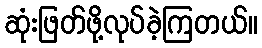
ဆုံးဖြတ်ဖို့လုပ်ခဲ့ကြတယ်။